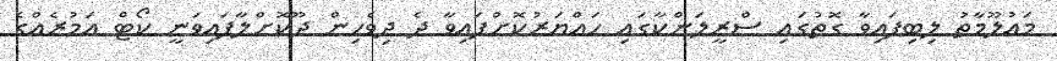
މައުލޫމާތު ލިބިފައިވާ ގޮތުގައި ސްރީލަންކާގައި ހައްޔަރުކޮށްފައިވާ ދެ ދިވެހިން ދޫކޮށްލާފައިވަނީ ކޯޓް އަމުރެއްގެ